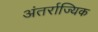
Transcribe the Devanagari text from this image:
अंतर्राज्यिक